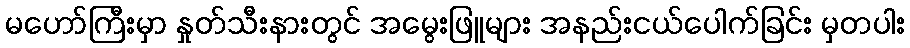
မဟော်ကြီးမှာ နှုတ်သီးနားတွင် အမွေးဖြူများ အနည်းငယ်ပေါက်ခြင်း မှတပါး